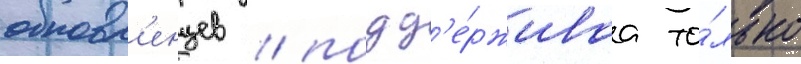
обновл'енцев / подд'е́рживаа то́лько